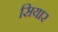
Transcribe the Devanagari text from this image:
सियार